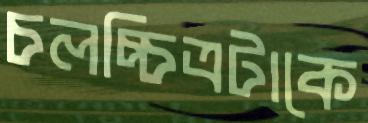
চলচ্চিত্রটাকে